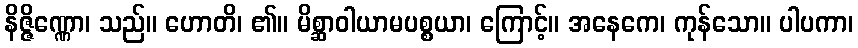
နိဇ္ဇိဏ္ဏော၊ သည်။ ဟောတိ၊ ၏။ မိစ္ဆာဝါယာမပစ္စယာ၊ ကြောင့်။ အနေကေ၊ ကုန်သော။ ပါပကာ၊